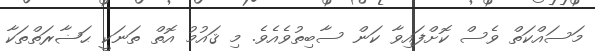
މަސައްކަތް ވެސް ކޮށްފައިވާ ކަން ސާބިތުވެއެވެ. މި ޤައުމު އޮތް ތަނަކީ ޙަޟާރަތްތަކާ